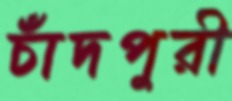
চাঁদপুরী